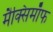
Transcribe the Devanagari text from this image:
मैक्सिमाॅफ